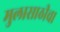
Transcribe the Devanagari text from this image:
मुलासाठीचा